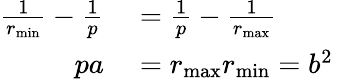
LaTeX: \begin{array}{rl}{{\frac{1}{r_{\operatorname*{min}}}}-{\frac{1}{p}}}&{{}={\frac{1}{p}}-{\frac{1}{r_{\operatorname*{max}}}}}\\ {pa}&{{}=r_{\operatorname*{max}}r_{\operatorname*{min}}=b^{2}\, }\end{array}